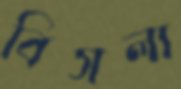
বিসলা